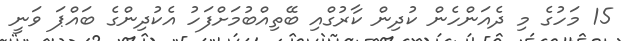
15 މަހުގެ މި ދެއަންހެން ކުދިން ކާރުގްއި ބޭތިއްބުމަށްފަހު އެކުދިންގެ ބައްޕަ ވަނީ